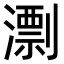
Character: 𣿖